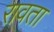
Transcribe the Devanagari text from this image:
रावता